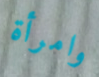
وامرأة